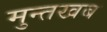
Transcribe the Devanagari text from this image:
मुन्तखब